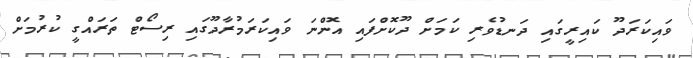
ވައިކަރަދޫ ކައިރީގައި ދަނޑުވެރި ކަމަށް ދޫކޮށްފައި އޮންނަ ވައިކަރަމުރާދޫގައި ރިސޯޓް ތަރައްގީ ކުރުމަށް